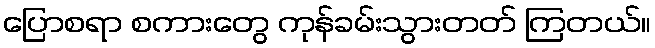
ပြောစရာ စကားတွေ ကုန်ခမ်းသွားတတ် ကြတယ်။